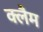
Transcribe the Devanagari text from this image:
क्लैम